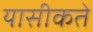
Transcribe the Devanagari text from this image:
यासीकते